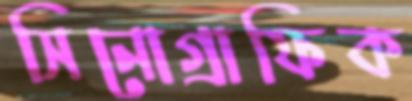
সিনোগ্রাফিক